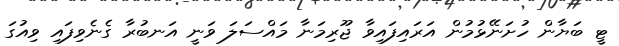
ޓީ ބަޔާން ހުށަނޭޅުމުން އަރައިފައިވާ ޖޫރިމަނާ މައްސަލަ ވަނީ އަނބުރާ ގެނެވިފައި ވިއުގަ